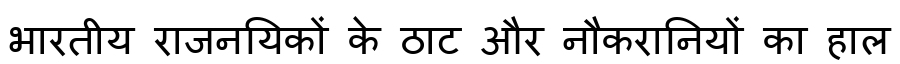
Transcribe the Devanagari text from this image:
भारतीय राजनयिकों के ठाट और नौकरानियों का हाल